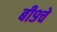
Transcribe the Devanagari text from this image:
बी९चे